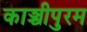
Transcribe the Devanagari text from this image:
काञ्चीपुरम